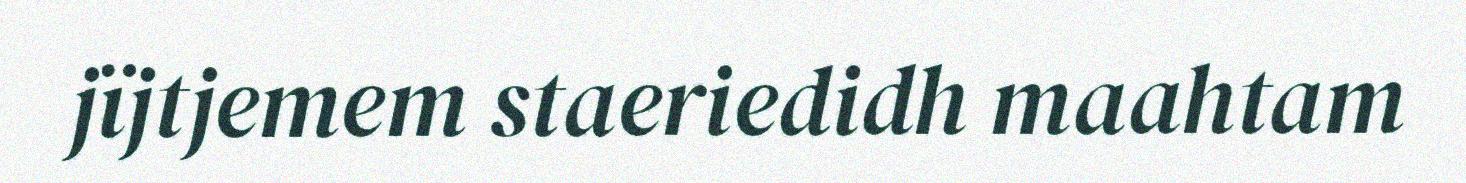
jïjtjemem staeriedidh maahtam